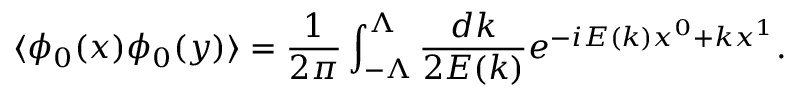
\langle \phi _ { 0 } ( x ) \phi _ { 0 } ( y ) \rangle = \frac { 1 } { 2 \pi } \int _ { - \Lambda } ^ { \Lambda } \frac { d k } { 2 E ( k ) } e ^ { - i E ( k ) x ^ { 0 } + k x ^ { 1 } } .